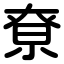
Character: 尞